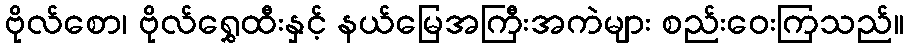
ဗိုလ်စော၊ ဗိုလ်ရွှေထီးနှင့် နယ်မြေအကြီးအကဲများ စည်းဝေးကြသည်။